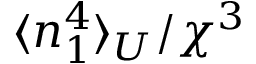
\langle n _ { 1 } ^ { 4 } \rangle _ { U } / \chi ^ { 3 }